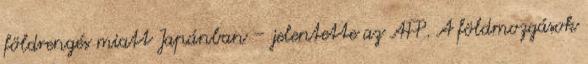
földrengés miatt Japánban – jelentette az AFP. A földmozgások